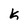
Character: k